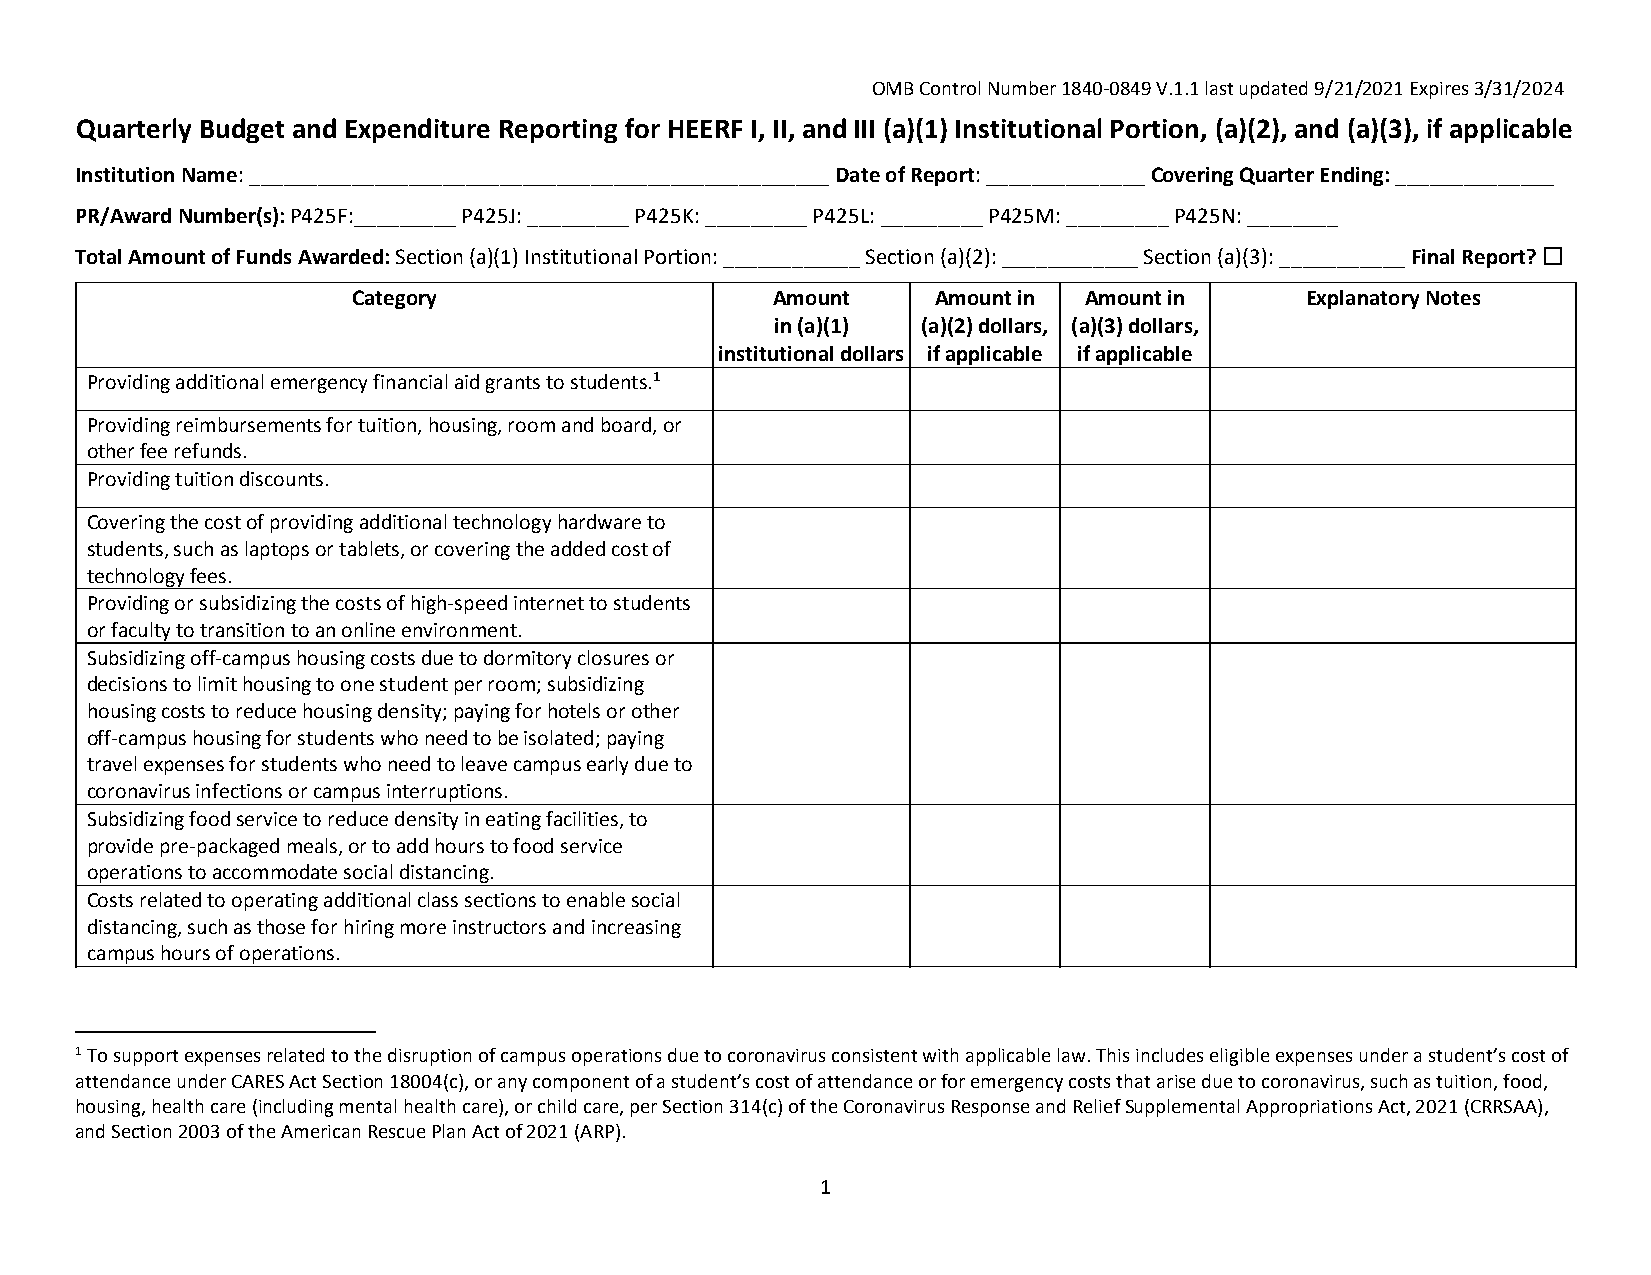
OMB Control Number 1840-0849 V.1.1 last updated 9/21/2021 Expires 3/31/2024
 Quarterly Budget and Expenditure Reporting for HEERF I, II, and III (a)(1) Institutional Portion, (a)(2), and (a)(3), if applicable
 Institution Name: ___________________________________________________ Date of Report: ______________ Covering Quarter Ending: ______________
 PR/Award Number(s): P425F:_________ P425J: _________ P425K: _________ P425L: _________ P425M: _________ P425N: ________
 Total Amount of Funds Awarded: Section (a)(1) Institutional Portion: ____________ Section (a)(2): ____________ Section (a)(3): ___________ Final Report? ☐
 Category                    Amount     Amount in Amount in     Explanatory Notes
 in (a)(1) (a)(2) dollars, (a)(3) dollars,
 institutional dollars if applicable if applicable
 Providing additional emergency financial aid grants to students.1
 Providing reimbursements for tuition, housing, room and board, or
 other fee refunds.
 Providing tuition discounts.
 Covering the cost of providing additional technologyhardwareto
 students, such as laptops or tablets, or covering the added cost of
 technology fees.
 Providing or subsidizing the costs of high‐speed internet to students
 or faculty to transition to an online environment.
 Subsidizing off‐campus housing costs due to dormitoryclosures or
 decisions to limit housing to one student per room; subsidizing
 housing costs to reduce housing density; paying for hotels or other
 off‐campus housing for students who need to be isolated; paying
 travel expenses for students who need to leave campus early due to
 coronavirus infections or campus interruptions.
 Subsidizing food service to reduce density in eating facilities, to
 provide pre‐packaged meals, or to add hours to food service
 operations to accommodate social distancing.
 Costs related to operating additional class sections to enable social
 distancing, such as those for hiring more instructors and increasing
 campus hours of operations.
 1 To support expenses related to the disruption of campus operations due to coronavirus consistent with applicable law. This includes eligible expenses under a student’s cost of
 attendance under CARES Act Section 18004(c), or any component of a student’s cost of attendance or for emergency costs that arise due to coronavirus, such as tuition, food,
 housing, health care (including mental health care), or child care, per Section 314(c) of the Coronavirus Response and Relief Supplemental Appropriations Act, 2021 (CRRSAA),
 and Section 2003 of the American Rescue Plan Act of 2021 (ARP).
 1